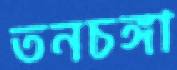
তনচঙ্গা